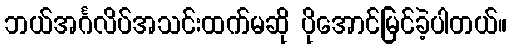
ဘယ်အင်္ဂလိပ်အသင်းထက်မဆို ပိုအောင်မြင်ခဲ့ပါတယ်။